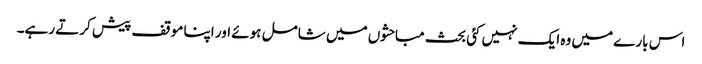
اس بارے میں وہ ایک نہیں کئی بحث مباحثوں میں شامل ہوئے اور اپنا موقف پیش کرتے رہے۔